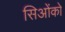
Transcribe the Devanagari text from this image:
सिओंको